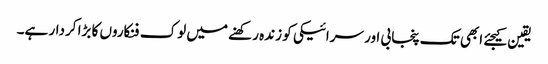
یقین کیجئے ابھی تک پنجابی اور سرائیکی کو زندہ رکھنے میں لوک فنکاروں کا بڑا کردار ہے۔